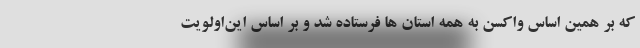
که بر همین اساس واکسن به همه استان ها فرستاده شد و بر اساس این‌اولویت